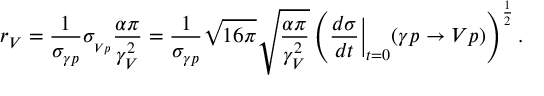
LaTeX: r _ { V } = \frac { 1 } { \sigma _ { \gamma p } } \sigma _ { _ { V p } } \frac { \alpha \pi } { \gamma _ { V } ^ { 2 } } = \frac { 1 } { \sigma _ { \gamma p } } \sqrt { 1 6 \pi } \sqrt { \frac { \alpha \pi } { \gamma _ { V } ^ { 2 } } } \left( \frac { d \sigma } { d t } \biggl | _ { t = 0 } \biggr . ( \gamma p \rightarrow V p ) \right) ^ { \frac { 1 } { 2 } } .